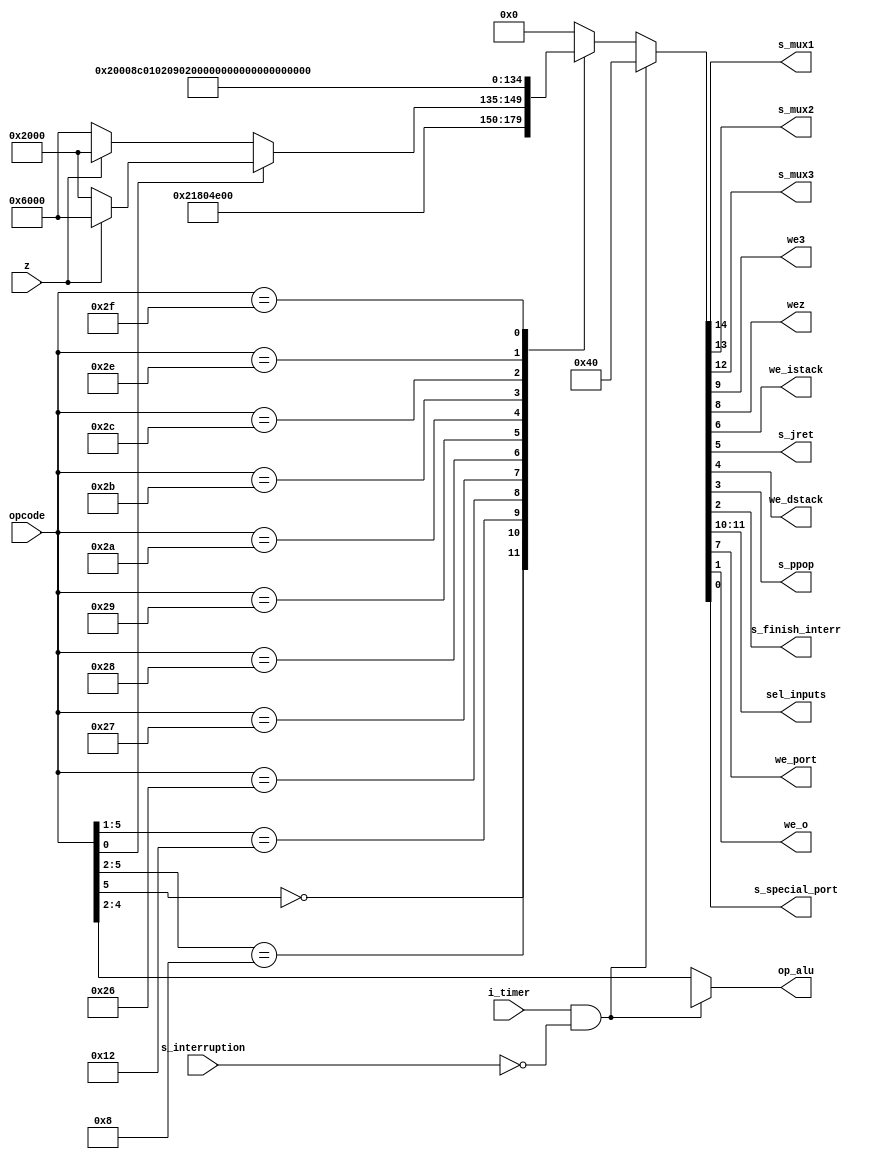
`timescale 1 ns / 10 ps

module uc(input wire [5:0] opcode, input wire z, i_timer, s_interruption, output wire s_mux1, s_mux2, s_mux3, we3, wez, we_istack, s_jret, we_dstack, s_ppop, s_finish_interr, 
    output reg [2:0] op_alu, output wire [1:0] sel_inputs, output wire we_port, we_o, s_special_port);


reg [3:0] operation;

reg [14:0] signals; 

parameter ARITH   = 15'b100001100000000; 
parameter LOADINM = 15'b100111000000000; 
parameter JUMP    = 15'b010000000000000; 
parameter NOJUMP  = 15'b110000000000000; 
parameter IN      = 15'b100011000000000;
parameter OUT     = 15'b100000010000010;
parameter NOP     = 15'b000000000000000;
parameter JAL     = 15'b010000001000000;
parameter RET     = 15'b101000001100000;
parameter PUSH    = 15'b100000000010000;
parameter POP     = 15'b100101000011000;
parameter INTERR  = 15'b000000001000000;
parameter FNSH    = 15'b101000001100100;
parameter OUTPUTR = 15'b100011000000001;

assign {
    s_mux1,         //1
    s_mux2,         //2
    s_mux3,         //3
    sel_inputs[1],  //4
    sel_inputs[0],  //5
    we3,            //6
    wez,            //7
    we_port,        //8
    we_istack,      //9
    s_jret,         //10
    we_dstack,      //11
    s_ppop,         //12
    s_finish_interr, //13
    we_o,            //14
    s_special_port   //15

} = signals;

always @(*) begin
    if (i_timer & ~s_interruption) begin
        signals = INTERR;
		  op_alu = 3'bx;
	 end
    else begin
        op_alu = opcode[4:2];
        casez (opcode)
            6'b0?????: // operacion aritmetica
                signals = ARITH; 

            6'b1000??: // carga de inmediato
                signals = LOADINM;

            6'b10010?: // salto condicional 
                begin
                    if (opcode[0] == 0) // branch equal zero
                        if(z)
                            signals = JUMP;
                        else
                            signals = NOJUMP;

                    else  // branch not iqual zero
                        if(z)
                            signals = NOJUMP;
                        else
                            signals = JUMP;
                end

            6'b100110: // salto incondicional
                signals = JUMP;
            6'b100111:
                signals = IN;
            6'b101000:
                signals = OUT;
            6'b101001:
                signals = JAL;
            6'b101010:
                signals = RET;
            6'b101011:
                signals = PUSH;
            6'b101100:
                signals = POP;
            6'b101110:
                signals = FNSH;
            6'b101111:
                signals = OUTPUTR;
            default: 
                signals = NOP; 
        endcase
    end 
end

endmodule